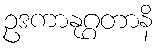
ဥဒကာနုဂ္ဂတာနိ